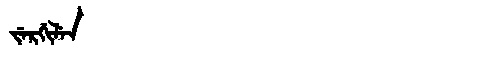
Manchu: ᠵᡝᡵᡤᡳᠯᡝᠨ
Romanization: JERGILEN